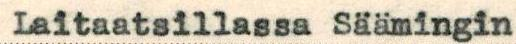
Laitaatsillassa Säämingin